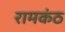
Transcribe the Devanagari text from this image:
रामकंठ